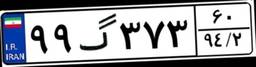
۹۹گ۳۷۳۶۰